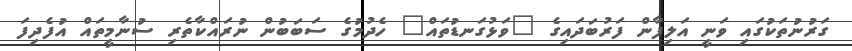
ގަރުނުތަކުގައި ވަނީ އަލިފާން ފަރުބަދައިގެ "ވަޅުގަނޑުތައް" ހެދުމުގެ ސަބަބުން ނުރައްކާތެރި ސުނާމީތައް އުފެދިފަ